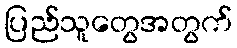
ပြည်သူတွေအတွက်